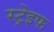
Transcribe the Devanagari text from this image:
स्ट्रेइफ